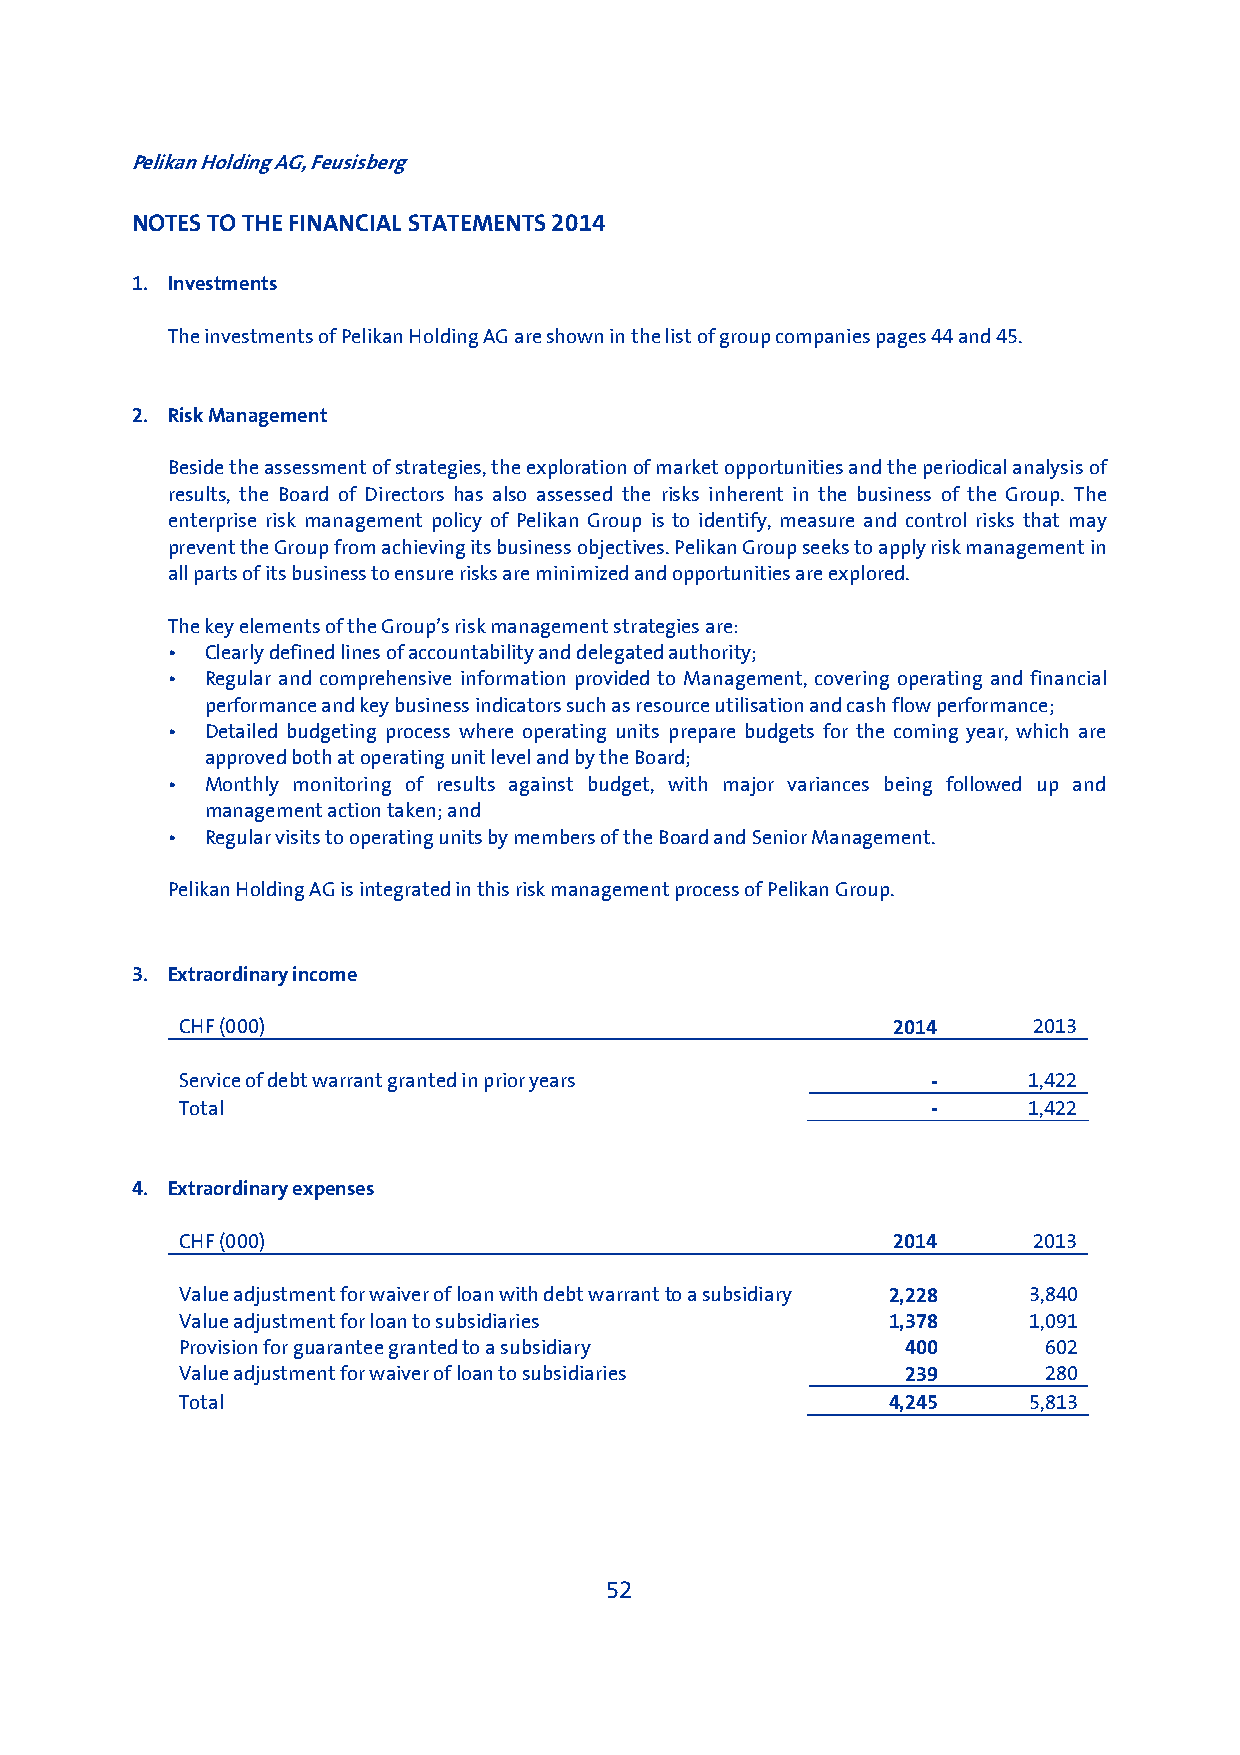
Pelikan Holding AG, Feusisberg
 NOTES TO THE FINANCIAL STATEMENTS 2014
 1. Investments
 The investments of Pelikan Holding AG are shown in the list of group companies pages 44 and 45.
 2. Risk Management
 Beside the assessment of strategies, the exploration of market opportunities and the periodical analysis of
 results, the Board of Directors has also assessed the risks inherent in the business of the Group. The
 enterprise risk management policy of Pelikan Group is to identify, measure and control risks that may
 prevent the Group from achieving its business objectives. Pelikan Group seeks to apply risk management in
 all parts of its business to ensure risks are minimized and opportunities are explored.
 The key elements of the Group’s risk management strategies are:
 •  Clearly defined lines of accountability and delegated authority;
 •  Regular and comprehensive information provided to Management, covering operating and financial
 performance and key business indicators such as resource utilisation and cash flow performance;
 •  Detailed budgeting process where operating units prepare budgets for the coming year, which are
 approved both at operating unit level and by the Board;
 •  Monthly monitoring of results against budget, with major variances being followed up and
 management action taken; and
 •  Regular visits to operating units by members of the Board and Senior Management.
 Pelikan Holding AG is integrated in this risk management process of Pelikan Group.
 3. Extraordinary income
 CHF (000)                                      2014     2013
 Service of debt warrant granted in prior years    -     1,422
 Total                                             -     1,422
 4. Extraordinary expenses
 CHF (000)                                      2014     2013
 Value adjustment for waiver of loan with debt warrant to a subsidiary 2,228 3,840
 Value adjustment for loan to subsidiaries      1,378    1,091
 Provision for guarantee granted to a subsidiary 400      602
 Value adjustment for waiver of loan to subsidiaries 239  280
 Total                                          4,245    5,813
 52